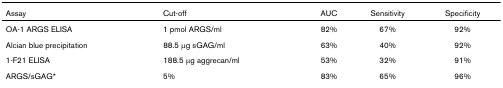
<table><thead><tr><td><b>Assay</b></td><td><b>Cut-off</b></td><td><b>AUC</b></td><td><b>Sensitivity</b></td><td><b>Specificity</b></td></tr></thead><tbody><tr><td>OA-1 ARGS ELISA</td><td>1 pmol ARGS/ml</td><td>82%</td><td>67%</td><td>92%</td></tr><tr><td>Alcian blue precipitation</td><td>88.5 μg sGAG/ml</td><td>63%</td><td>40%</td><td>92%</td></tr><tr><td>1-F21 ELISA</td><td>188.5 μg aggrecan/ml</td><td>53%</td><td>32%</td><td>91%</td></tr><tr><td>ARGS/sGAG*</td><td>5%</td><td>83%</td><td>65%</td><td>96%</td></tr></tbody></table>